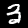
Label: 3